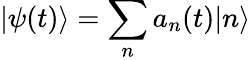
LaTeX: |\psi(t)\rangle=\sum_{n}a_{n}(t)|n\rangle